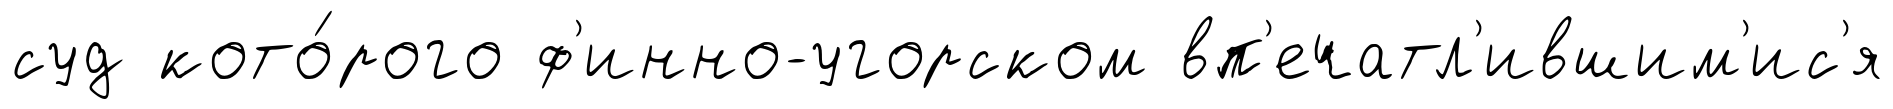
суд кото́рого ф'инно-угорском вп'ечатл'ившим'ис'я